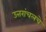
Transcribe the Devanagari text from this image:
उत्तरांचलचे